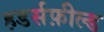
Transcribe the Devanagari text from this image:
हडर्सफ़ील्ड